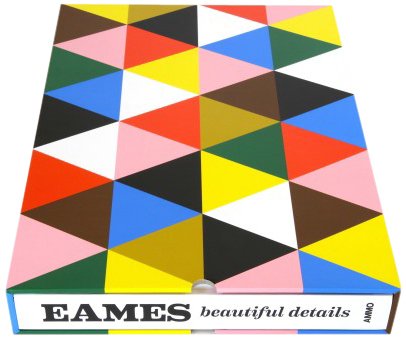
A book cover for Eames: Beautiful Details; Eames Demetrios; Crafts, Hobbies & Home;